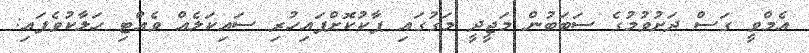
އެމްވީ ގަސް ދަށުވުމުގެ ސަބަބުން މަޖީދީ މަގުގައި ޕާކުކޮށްފައިހުރި ސައިކަލެއް ވެއްޓި ހަލާކުވެފައި: